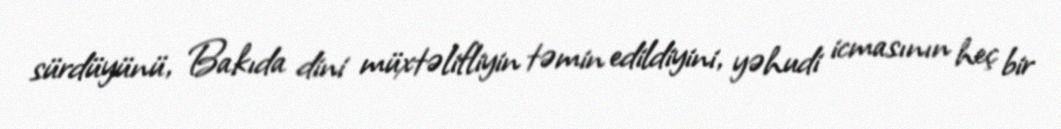
sürdüyünü, Bakıda dini müxtəlifliyin təmin edildiyini, yəhudi icmasının heç bir